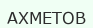
АХМЕТОВ